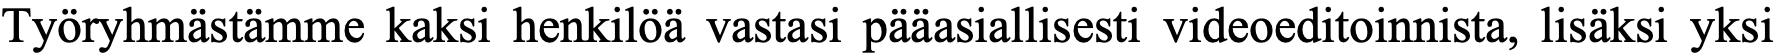
Työryhmästämme kaksi henkilöä vastasi pääasiallisesti videoeditoinnista, lisäksi yksi